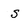
Character: S